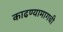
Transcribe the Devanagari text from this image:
काढण्यामागची